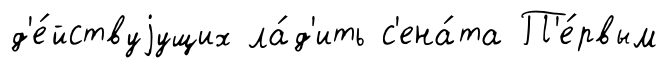
д'е́йствуjущих ла́д'ить с'ена́та П'е́рвым